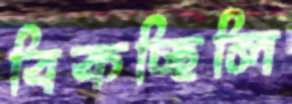
বিকচ্ছিলি